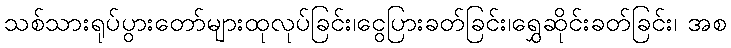
သစ်သားရုပ်ပွားတော်များထုလုပ်ခြင်း၊ငွေပြားခတ်ခြင်း၊ရွှေဆိုင်းခတ်ခြင်း၊ အစ